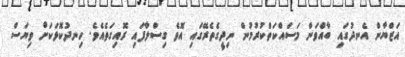
އަޒްޔާން އެނދުގައި ބާއްވަން މަސައްކަތްކުރުމުން ނިދީގެތެރޭގައި އޮވެ ގިސްލާފައި ރޮއިގަތެއެވެ. ހިނދުކޮޅަކަށް ވިޔަސް